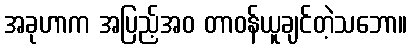
အခုဟာက အပြည့်အဝ တာဝန်ယူချင်တဲ့သဘော။